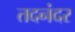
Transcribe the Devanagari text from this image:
तदनंदर